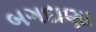
બગદાણા